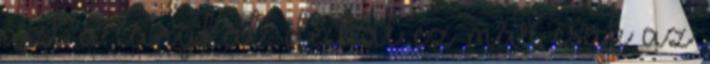
azt a lánykát, de hát ez már csak az